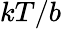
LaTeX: kT/b